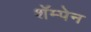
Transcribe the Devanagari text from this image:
शॅम्पेन